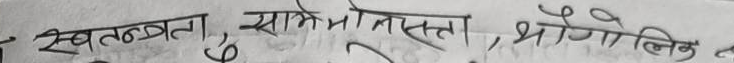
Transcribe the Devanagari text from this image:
स्वतंत्रता, सामेळता, भौगोलिक